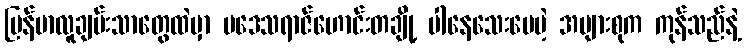
မြန်မာလူချမ်းသာတွေထဲမှာ ပဒေသရာဇ်ဟောင်းတချို့ ပါနေသေးပေမဲ့ အများစုက ကုန်သည်နဲ့